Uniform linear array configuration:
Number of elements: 4
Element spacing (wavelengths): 0.25
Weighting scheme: binomial
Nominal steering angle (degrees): -30
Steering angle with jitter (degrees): -30.347
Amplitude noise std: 0.05
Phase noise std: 0.05

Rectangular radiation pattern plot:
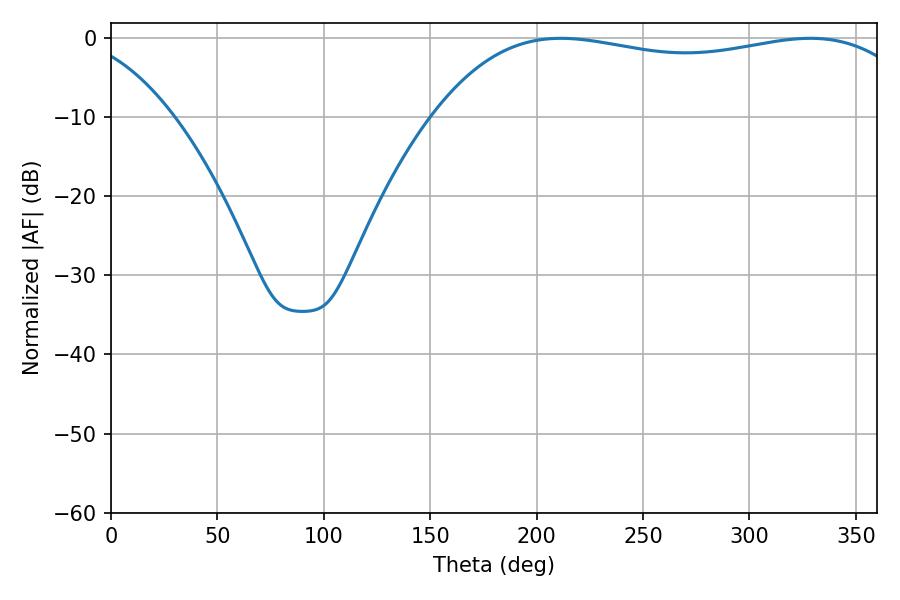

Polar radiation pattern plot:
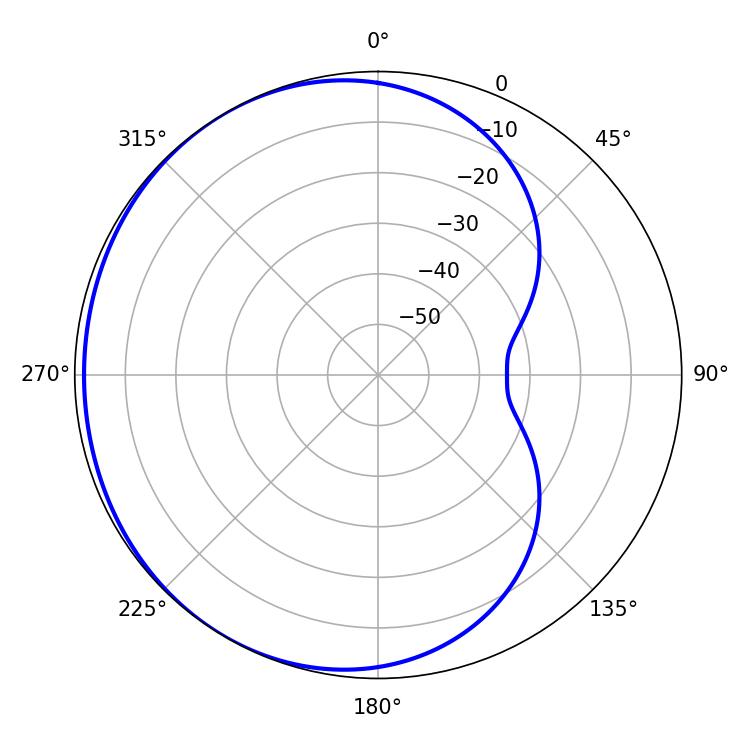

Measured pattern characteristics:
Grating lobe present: FALSE
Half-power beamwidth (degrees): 184.32
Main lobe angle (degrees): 211.32